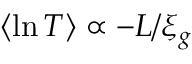
\langle \ln T \rangle \propto - L / \xi _ { g }